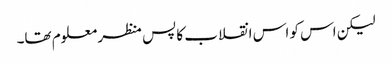
لیکن اس کو اس انقلاب کا پس منظر معلوم تھا۔